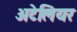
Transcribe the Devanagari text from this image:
अटेलियर